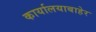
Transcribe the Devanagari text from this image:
कार्यालयाबाहेर